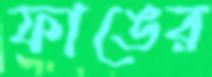
ফাঙের